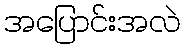
အပြောင်းအလဲ